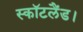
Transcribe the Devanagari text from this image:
स्कॉटलैंड।